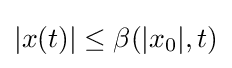
|x(t)|\leq \beta (|x_{0}|,t)